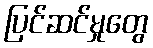
ပြင်ဆင်မှုတွေ